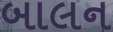
બાલન